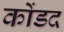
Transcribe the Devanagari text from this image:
कोंडद